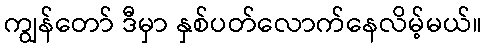
ကျွန်တော် ဒီမှာ နှစ်ပတ်လောက်နေလိမ့်မယ်။